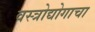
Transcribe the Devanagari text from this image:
वस्त्रोद्योगाचा